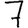
Digit: 7